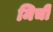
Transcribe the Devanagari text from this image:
मिची